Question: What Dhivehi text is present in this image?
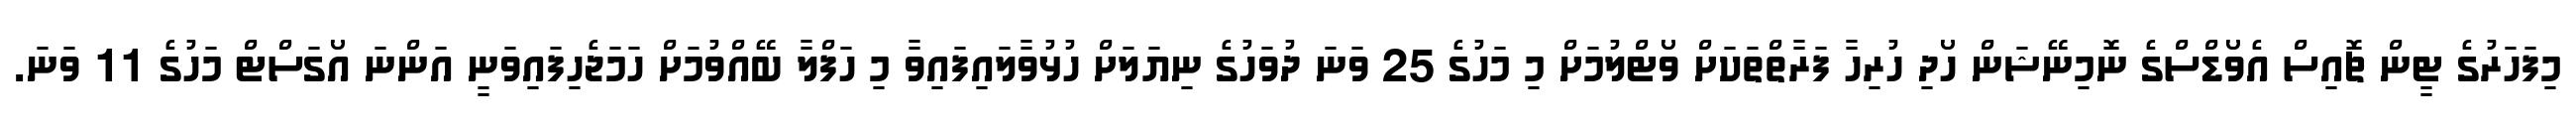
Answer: މިފަހަރުގެ ޓީން ޗޮއިސް އެވޯޑްސްގެ ނޮމިނޭޝަން ހޯދި ހުރިހާ ފަރާތްތަކަށް ވޯޓްލުމަށް މި މަހުގެ 25 ވަނަ ދުވަހުގެ ނިޔަލަށް ހުޅުވާލައިފައިވާ މި ހަފްލާ ބޭއްވުމަށް ހަމަޖެހިފައިވަނީ އަންނަ އޯގަސްޓް މަހުގެ 11 ވަނަ.